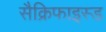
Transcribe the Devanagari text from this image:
सैक्रिफाइस्ड